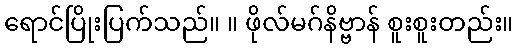
ရောင်ပြိုးပြက်သည်။ ။ ဖိုလ်မဂ်နိဗ္ဗာန် စူးစူးတည်း။